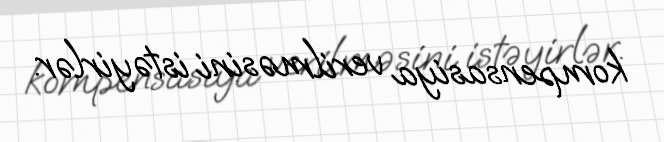
kompensasiya verilməsini istəyirlər.